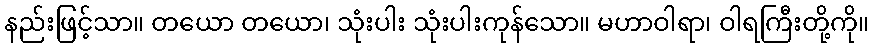
နည်းဖြင့်သာ။ တယော တယော၊ သုံးပါး သုံးပါးကုန်သော။ မဟာဝါရာ၊ ဝါရကြီးတို့ကို။